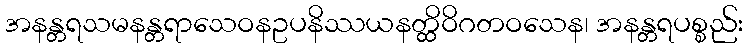
အနန္တရသမနန္တရာသေဝနဥပနိဿယနတ္ထိဝိဂတဝသေန၊ အနန္တရပစ္စည်း